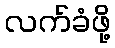
လက်ခံဖို့